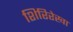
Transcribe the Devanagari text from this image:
शिरिरेखा